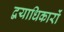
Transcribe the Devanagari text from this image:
द्वयाधिकारों